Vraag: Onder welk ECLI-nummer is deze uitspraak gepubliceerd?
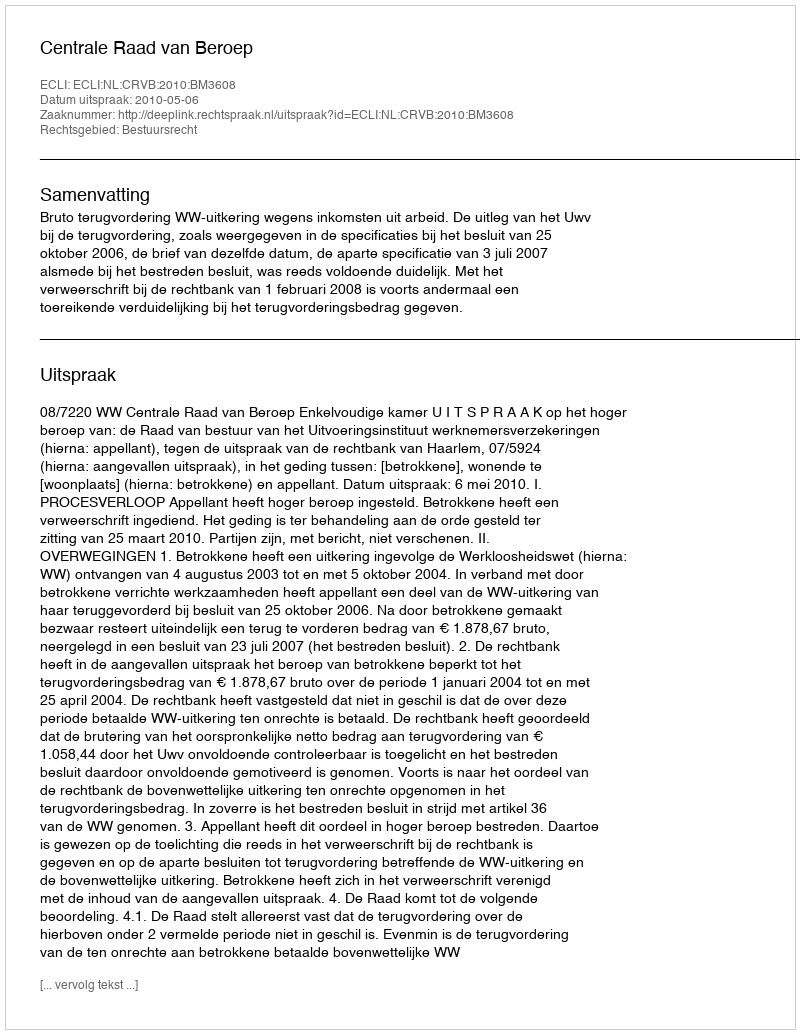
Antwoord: ECLI:NL:CRVB:2010:BM3608